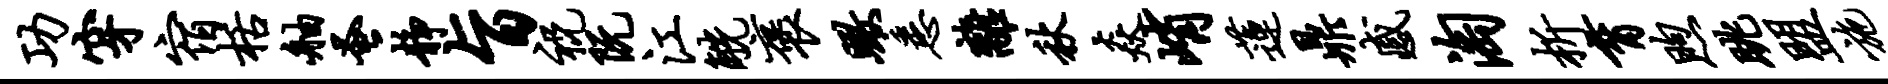
功穿宿栝舳蚤静旨祝阮江觥褒瞰悉离秋焱峭莲鼎感淘析育煦眺盟施